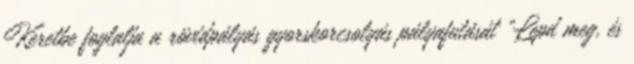
Keretbe foglalja a rövidpályás gyorskorcsolyás pályafutását „Lepd meg, és